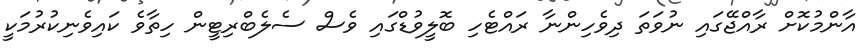
އާންމުކޮށް ރާއްޖޭގައި ނުވަތަ ދިވެހިންނާ ރައްޓެހި ބޮލީވުޑްގައި ވެސް ސެލެބްރިޓީން ހިތާވެ ކައިވެނިކުރުމަކީ